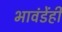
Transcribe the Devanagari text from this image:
भावंडेंही